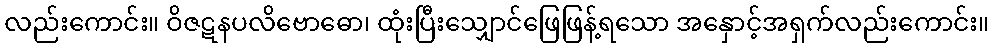
လည်းကောင်း။ ဝိဇဋနပလိဗောဓော၊ ထုံးပြီးသျှောင်ဖြေဖြန့်ရသော အနှောင့်အရှက်လည်းကောင်း။